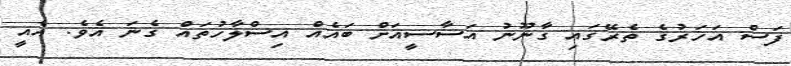
ފަސް އަހަރުގެ ތެރޭގައި ގާނޫނު އަސާސީއަށް ބައެއް އިސްލާހުތައް ގެނަ އެވެ. އެއީ